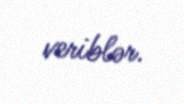
veriblər.